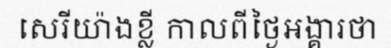
សេរីយ៉ាងខ្លី កាលពីថ្ងៃអង្គារថា